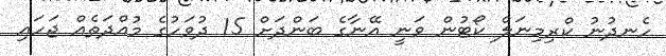
ހެނދުނު ކްރިމިނަލް ކޯޓުން ވަނީ އޭނާގެ ބަންދަށް 15 ދުވަހުގެ މުއްދަތެއް ޖަހައި